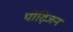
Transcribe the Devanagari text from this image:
पीढ़िजन